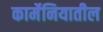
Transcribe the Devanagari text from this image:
कार्मेनियातील